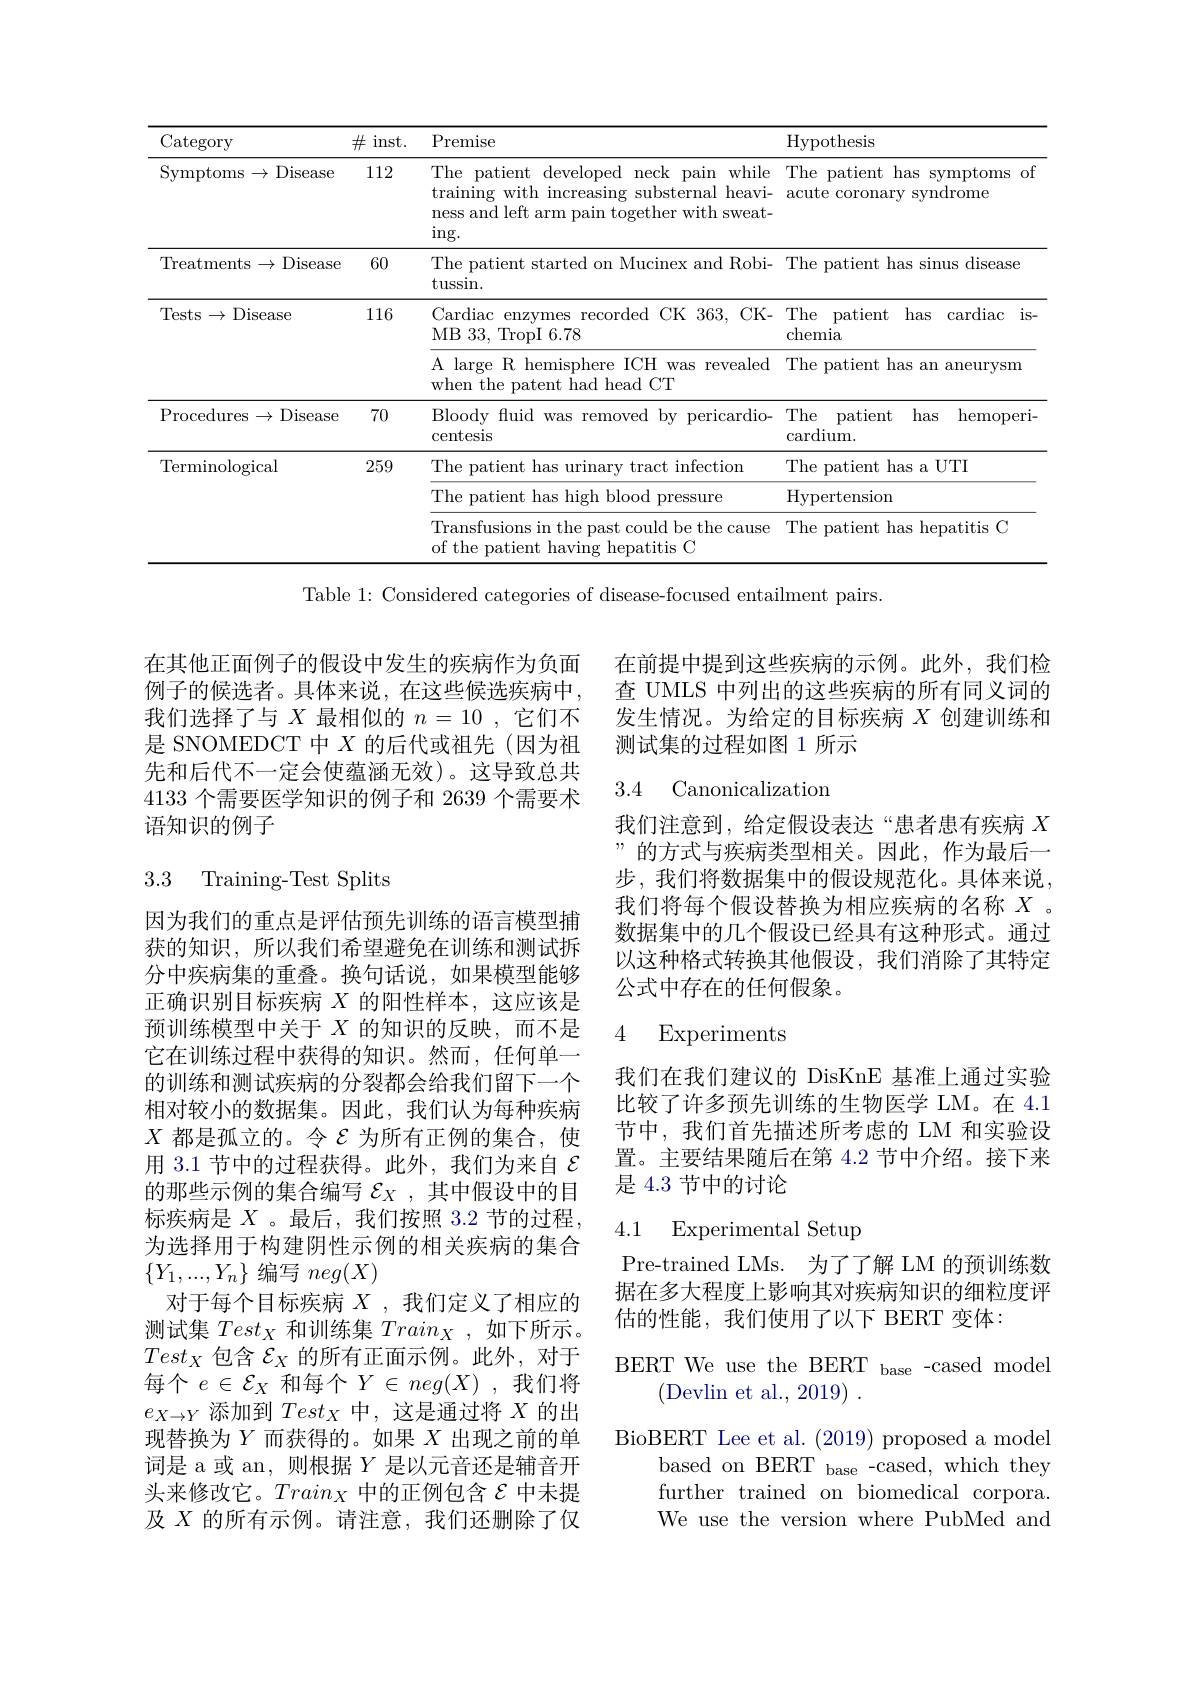
<table>
	<tbody>
		<tr>
			<th>Category</th>
			<th>$\#$i inst. 、 </th>
			<th>Premise</th>
			<th>Hypothesis</th>
		</tr>
		<tr>
			<td>Symptoms$\to$Disease</td>
			<td>112</td>
			<td>The patient developed neck pain while training with increasing substernal heavi- ness and left arm pain together with sweat- $\operatorname{ing}.$</td>
			<td>The patient has symptoms of acute coronary syndrome</td>
		</tr>
		<tr>
			<td>Treatments$\to$Disease</td>
			<td>60</td>
			<td>The patient started on Mucinex and Robi- tussin. </td>
			<td>The patient has sinus disease</td>
		</tr>
		<tr>
			<td rowspan="2">Tests$\to$Disease</td>
			<td>116</td>
			<td>Cardiac enzymes recorded CK 363, CK- MB33,TropI6.78</td>
			<td>The patient has cardiac $is-$ chemia</td>
		</tr>
		<tr>
			<td> </td>
			<td>A large R hemisphere ICH was revealed when the patent had head CT</td>
			<td>The patient has an aneurysm</td>
		</tr>
		<tr>
			<td>Procedures$\to$Disease</td>
			<td>70</td>
			<td>Bloody fuid was removed by pericardio- centesis</td>
			<td>The patient has ${\mathrm{hemoperi}}$ cardium.</td>
		</tr>
		<tr>
			<td rowspan="3">Terminological</td>
			<td>259</td>
			<td>The patient has urinary tract infection</td>
			<td>The patient has a UTI</td>
		</tr>
		<tr>
			<td> </td>
			<td>The patient has high blood pressure</td>
			<td>Hypertension</td>
		</tr>
		<tr>
			<td> </td>
			<td>Transfusions in the past could be the cause of the patient having hepatitis C</td>
			<td>The patient has hepatitis C</td>
		</tr>
	</tbody>
</table>
Table 1: Considered categories of disease-focused entailment pairs.

在其他正面例子的假设中发生的疾病作为负面例子的候选者。具体来说，在这些候选疾病中， 我们选择了与$X$最相似的$n=10$,它们不是 SNOMEDCT 中$X$的后代或祖先(因为祖先和后代不一定会使蕴涵无效)。这导致总共4133 个需要医学知识的例子和 2639 个需要术语知识的例子

### 3.3 Training-Test Splits

因为我们的重点是评估预先训练的语言模型捕获的知识，所以我们希望避免在训练和测试拆分中疾病集的重叠。换句话说，如果模型能够正确识别目标疾病$X$的阳性样本，这应该是预训练模型中关于$X$的知识的反映，而不是它在训练过程中获得的知识。然而，任何单一的训练和测试疾病的分裂都会给我们留下一个相对较小的数据集。因此，我们认为每种疾病$X$ 都是孤立的。令$\mathcal{\varepsilon}$ 为所有正例的集合，使用 3.1 节中的过程获得。此外，我们为来自$\varepsilon$ 的那些示例的集合编写$\mathcal{E}_X$ ,其中假设中的目标疾病是$X$ 。最后，我们按照 3.2 节的过程。为选择用于构建阴性示例的相关疾病的集合$\{Y_1,...,Y_n\}$编写$neg(X)$
对于每个目标疾病$X$ ,我们定义了相应的测试集$Test_X$和训练集$Train_X$,如下所示。$Test_{X}$包含$\mathcal{E}_X$的所有正面示例。此外，对于每个$e\in\mathcal{E}_X$和每个$Y\in neg(X)$,我们将$e_{X\to Y}$添加到$Test_X$中，这是通过将$X$的出现替换为$Y$而获得的。如果$X$出现之前的单词是 a 或 an, 则根据$Y$是以元音还是辅音开头来修改它。$Train_X$中的正例包含$\mathcal{E}$中未提及$X$的所有示例。请注意，我们还删除了仅

在前提中提到这些疾病的示例。此外，我们检查 UMLS 中列出的这些疾病的所有同义词的发生情况。为给定的目标疾病$X$创建训练和测试集的过程如图 1 所示

## 3.4 Canonicalization

我们注意到，给定假设表达“患者患有疾病$X$ ”的方式与疾病类型相关。因此，作为最后一步，我们将数据集中的假设规范化。具体来说， 我们将每个假设替换为相应疾病的名称$X$。数据集中的几个假设已经具有这种形式。通过以这种格式转换其他假设，我们消除了其特定公式中存在的任何假象。

### 4 Experiments

我们在我们建议的 DisKnE 基准上通过实验比较了许多预先训练的生物医学 LM。在 4.1节中，我们首先描述所考虑的 LM 和实验设置。主要结果随后在第 4.2 节中介绍。接下来是 4.3 节中的讨论

### 4.1 Experimental Setup

Pre-trained LMs. 为了了解 LM 的预训练数据在多大程度上影响其对疾病知识的细粒度评估的性能，我们使用了以下 BERT 变体：
BERT We use the BERT base -cased model
(Devlin et al., 2019)~.
BioBERT Lee et al. (2019) proposed a model
based on BERT base -cased, which they further trained on biomedical corpora. We use the version where PubMed and